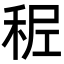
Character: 𥞭